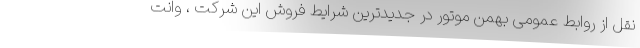
نقل از روابط عمومی بهمن موتور در جدیدترین شرایط فروش این شرکت ، وانت